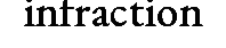
infraction